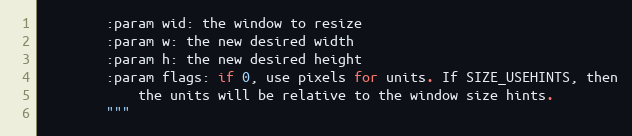
Language: Python
        :param wid: the window to resize
        :param w: the new desired width
        :param h: the new desired height
        :param flags: if 0, use pixels for units. If SIZE_USEHINTS, then
            the units will be relative to the window size hints.
        """